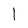
Character: 1